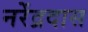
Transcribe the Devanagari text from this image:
नरेंद्रदास